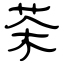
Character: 茶